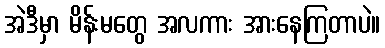
အဲဒီမှာ မိန်းမတွေ အလကား အားနေကြတာပဲ။